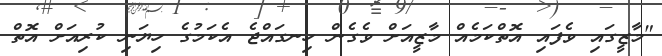
"މާޒީގައި ވެފައި އޮތްކަމެއް މާޒީއަށް ވެގެން ހިނގައްޖެ އެކަމުގެ ހިޔަނި ކުރިއަށް އޮތް